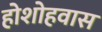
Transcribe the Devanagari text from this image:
होशोहवास